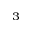
_ 3